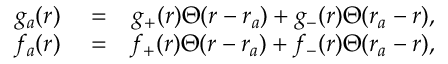
\begin{array} { r l r } { g _ { a } ( r ) } & { { } = } & { g _ { + } ( r ) \Theta ( r - r _ { a } ) + g _ { - } ( r ) \Theta ( r _ { a } - r ) , } \\ { f _ { a } ( r ) } & { { } = } & { f _ { + } ( r ) \Theta ( r - r _ { a } ) + f _ { - } ( r ) \Theta ( r _ { a } - r ) , } \end{array}